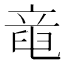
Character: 𥪖